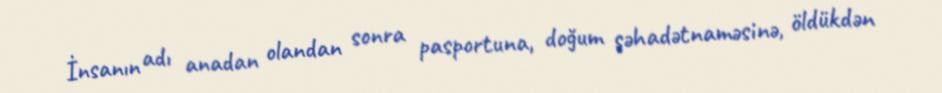
İnsanın adı anadan olandan sonra pasportuna, doğum şəhadətnaməsinə, öldükdən